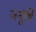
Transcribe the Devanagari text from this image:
जनूंषि